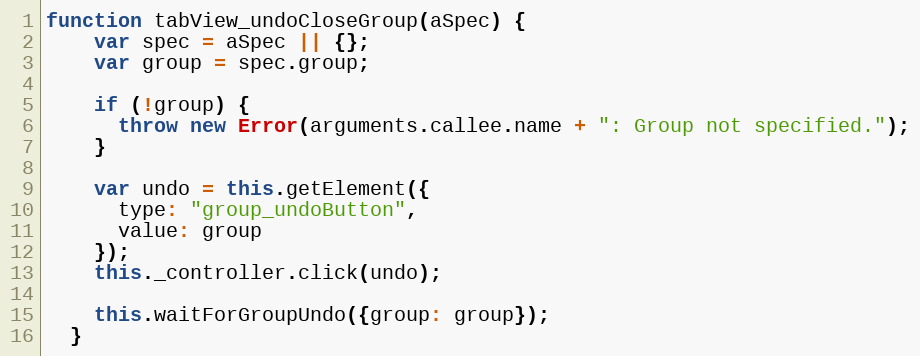
Language: JavaScript
function tabView_undoCloseGroup(aSpec) {
    var spec = aSpec || {};
    var group = spec.group;

    if (!group) {
      throw new Error(arguments.callee.name + ": Group not specified.");
    }

    var undo = this.getElement({
      type: "group_undoButton",
      value: group
    });
    this._controller.click(undo);

    this.waitForGroupUndo({group: group});
  }